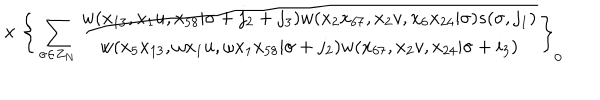
{ } ~ \times \Bigg \{ \sum _ { \sigma \in Z _ { N } } \frac { w ( x _ { 1 3 } , x _ { 1 } u , x _ { 5 8 } | \sigma + j _ { 2 } + j _ { 3 } ) w ( x _ { 2 } x _ { 6 7 } , x _ { 2 } v , x _ { 6 } x _ { 2 4 } | \sigma ) s ( \sigma , j _ { 1 } ) } { w ( x _ { 5 } x _ { 1 3 } , \omega x _ { 1 } u , \omega x _ { 1 } x _ { 5 8 } | \sigma + j _ { 2 } ) w ( x _ { 6 7 } , x _ { 2 } v , x _ { 2 4 } | \sigma + i _ { 3 } ) } \Bigg \} _ { 0 } ~ ~